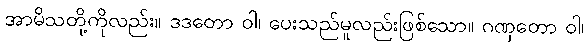
အာမိသတို့ကိုလည်း။ ဒဒတော ဝါ၊ ပေးသည်မူလည်းဖြစ်သော။ ဂဏှတော ဝါ၊